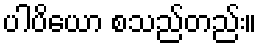
ပါပိယော စသည်တည်း။